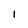
Character: 1